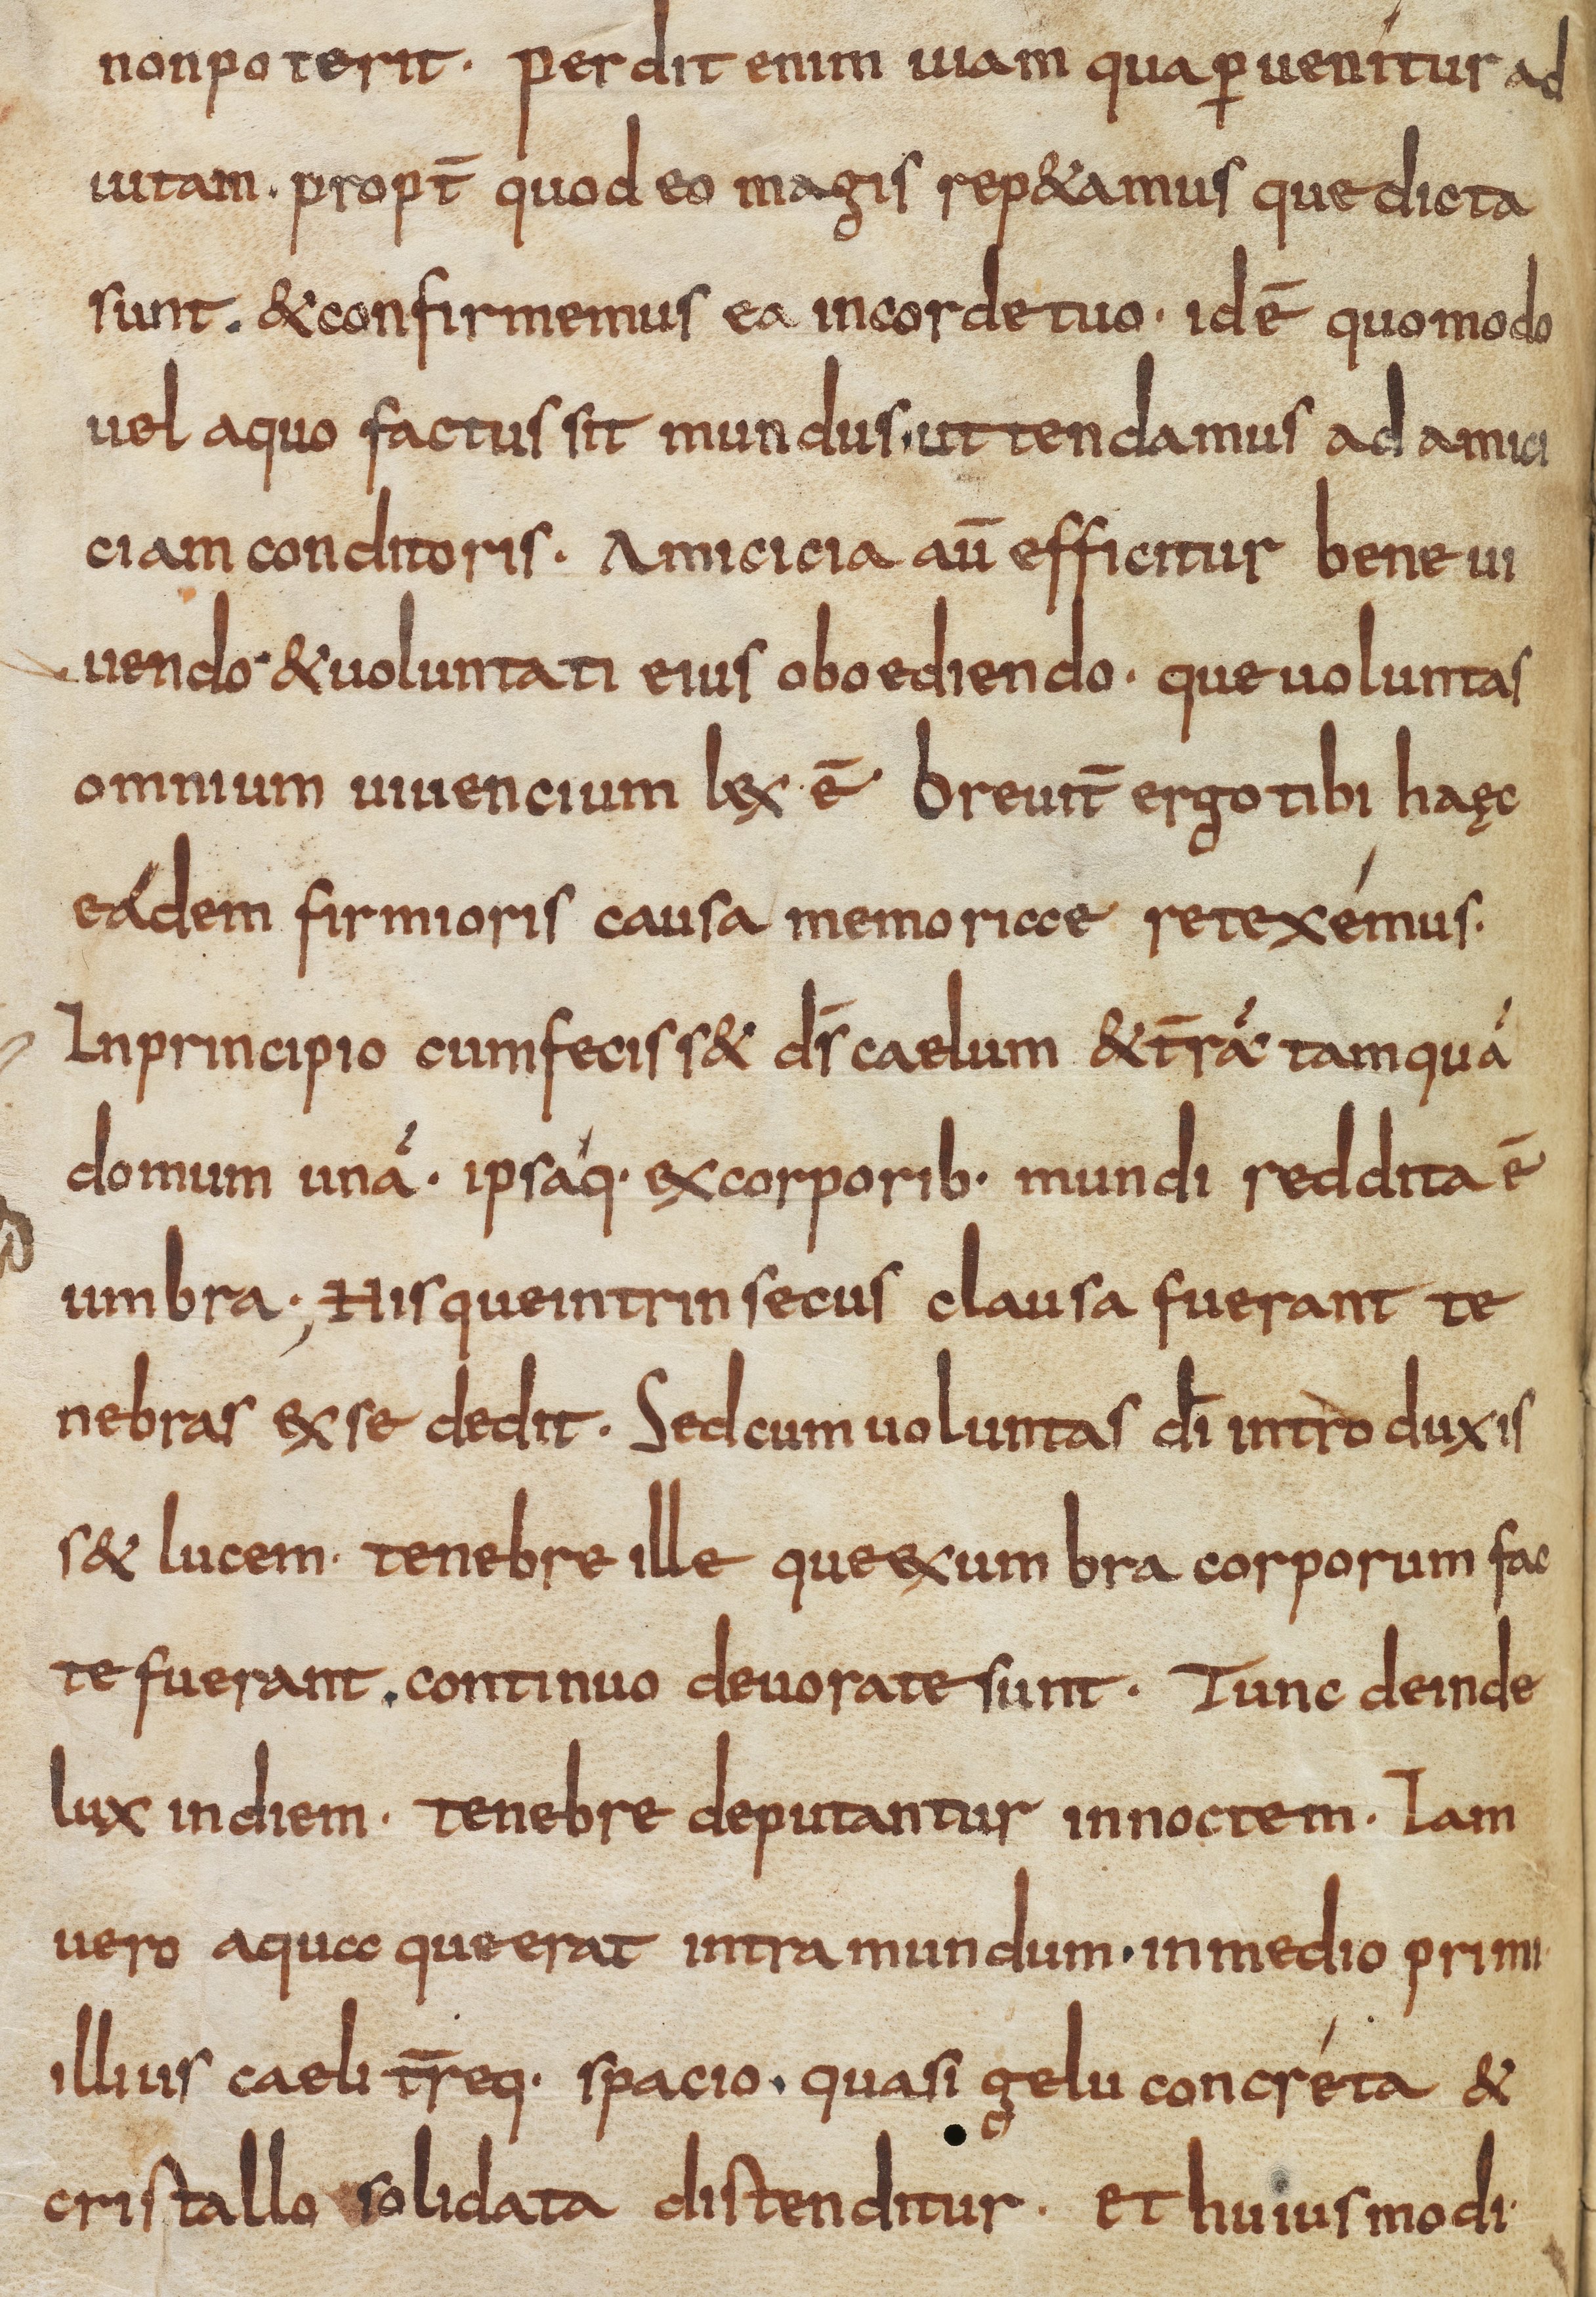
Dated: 835–865